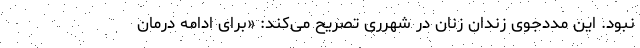
نبود. این مددجوی زندان زنان در شهرری تصریح می‌کند: «برای ادامه درمان